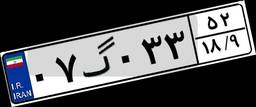
۰۷گ۰۳۳۵۲